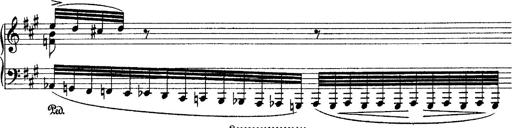
Title: Grande fantasie di bravura sur La clochette
Composer: Franz Liszt
Key: A minor